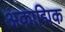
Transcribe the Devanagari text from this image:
अकाद्मिक